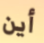
أين